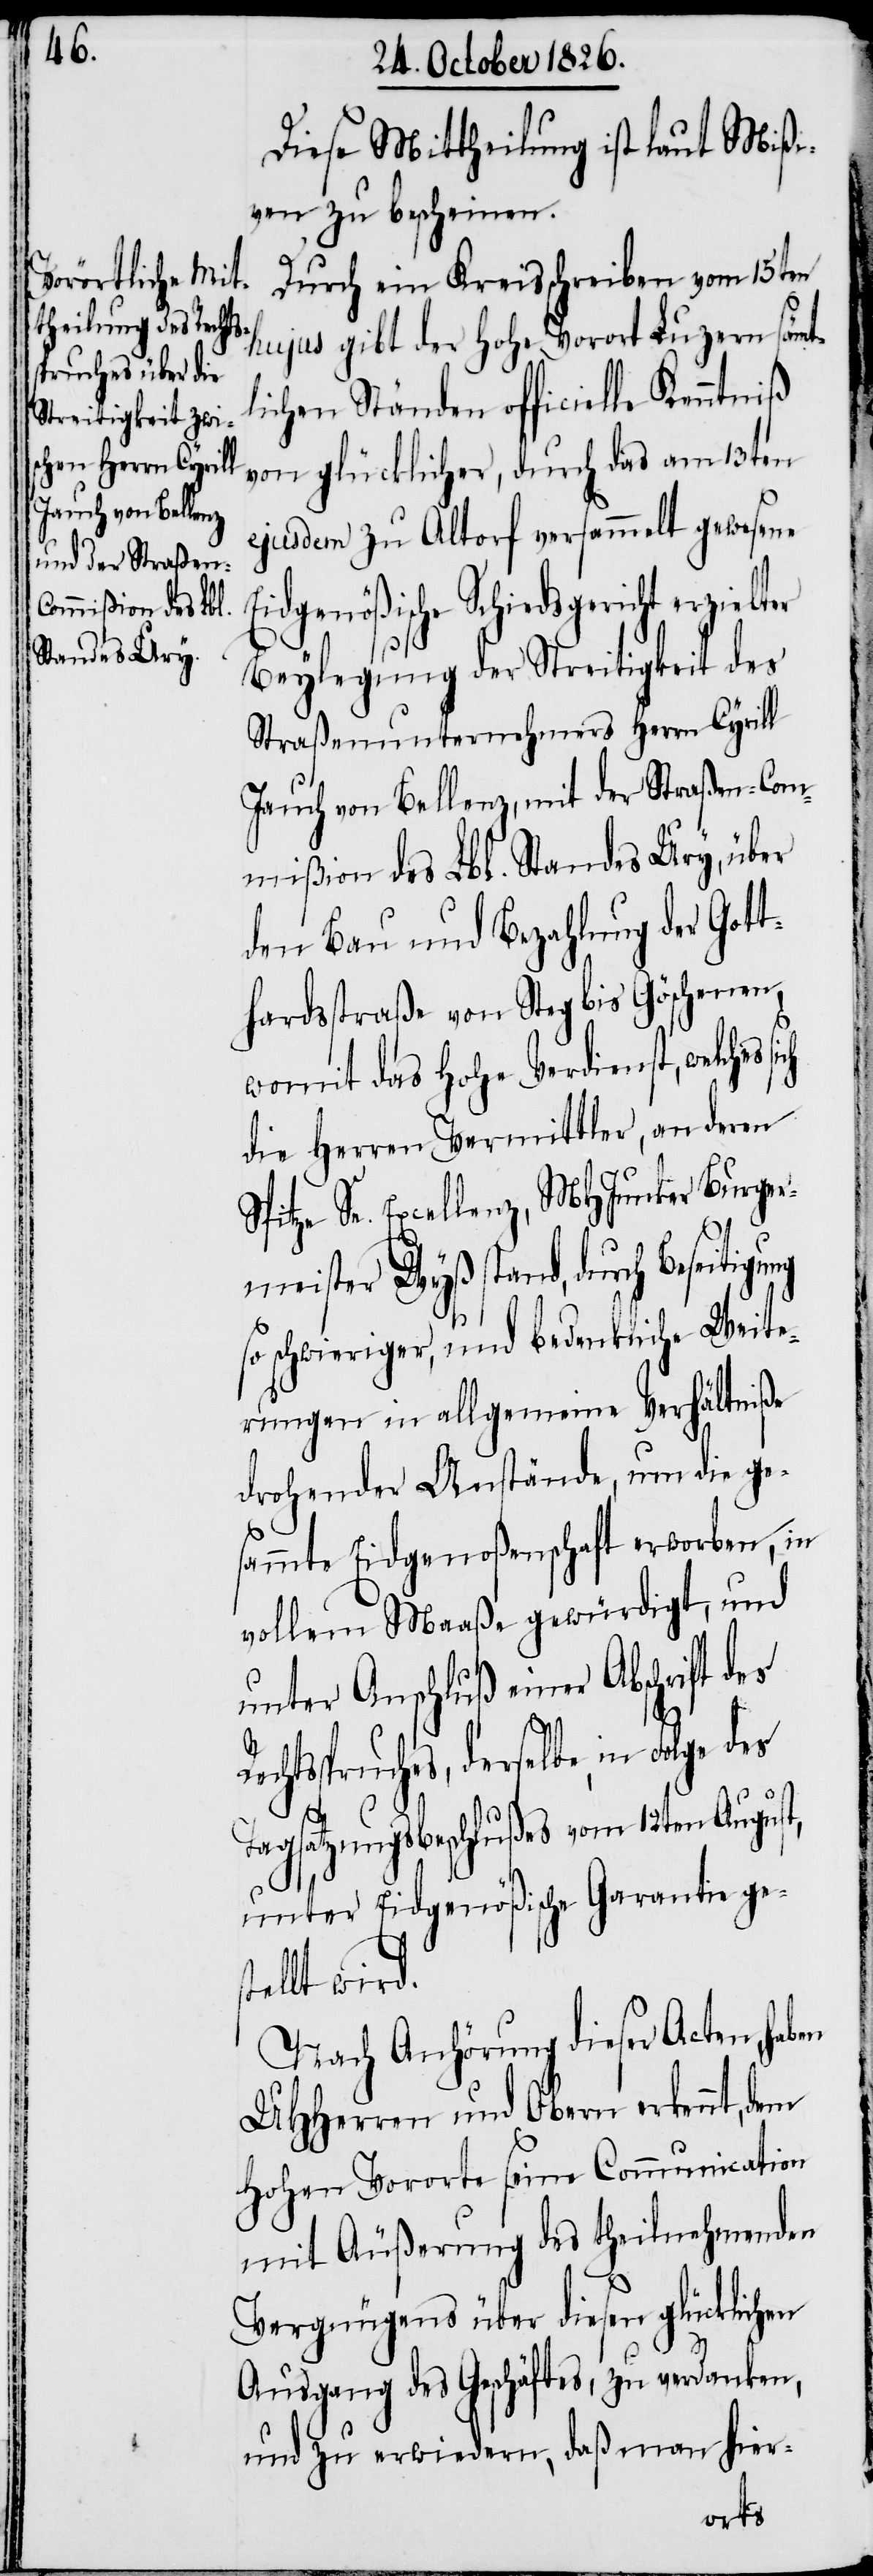
Re¬

Diese Mittheilung ist laut Mißi¬
ven zu bescheinen.
Durch ein Kreisschreiben vom 15ten
hujus gibt der hohe Vorort Luzern sämt¬
lichen Ständen officielle Kenntniß
von glücklicher, durch das am 13ten
ejusdem zu Altorf versammelt gewesene
Eidgenößische Schiedsgericht erzielt¬
Beylegung der Streitigkeit des
Straßenunternehmers Herrn Cyrill
Jauch von Bellenz, mit der Straßen-Com¬
mißion des Lbl. Standes Ury, über
den Bau und Bezahlung der Gott¬
hardstraße von Steg bis Göschenen,
womit das hohe Verdienst, welches
die Herren Vermittler, an deren
Spitze Se. Excellenz, MHJunker Burger¬
meister Wyß stand, durch Beseitigung
so schwieriger, und bedenklicher Weite¬
rungen in allgemeine Verhältniße
drohender Anstände, um die ge¬
sammte Eidgenoßenschaft erworben, in
vollem Maaße gewürdigt, und
unter Anschluß einer Abschrift des
chtsspruches, derselbe in Folge des
Tagsatzungsbeschlußes vom 12ten August,
unter Eidgenößische Garantie gest¬
ellt wird.
Nach Anhörung dieser Acten, haben
UHHerren und Obern erkennt, dem
hohen Vororte seine Communication
mit Äußerung des theilnehmenden
Vergnügens über diesen glücklichen
Ausgang des Geschäftes, zu verdanken,
und zu erwiedern, daß man hier-
er